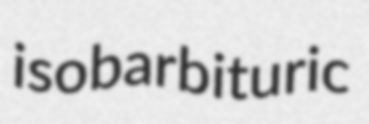
isobarbituric